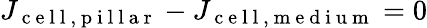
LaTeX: J_{\mathrm{~c~e~l~l~,~p~i~l~l~a~r~}}-J_{\mathrm{~c~e~l~l~,~m~e~d~i~u~m~}}=0